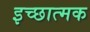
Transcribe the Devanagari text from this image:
इच्छात्मक